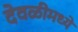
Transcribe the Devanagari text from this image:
देवळीमध्ये